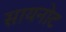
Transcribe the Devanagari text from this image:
सायनोट